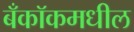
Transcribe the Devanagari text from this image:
बँकॉकमधील